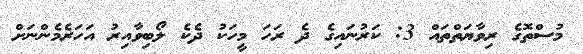
މުސްތޮގެ ރިވާޔަތްތައް 3: ކަރުނައިގެ ދެ ރަހަ މީހަކު ދެކެ ލޯބިވާއިރު އަހަރެމެންނަށް